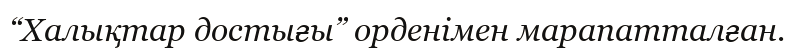
“Халықтар достығы” орденімен марапатталған.